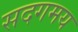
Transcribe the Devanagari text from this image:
सदगमय